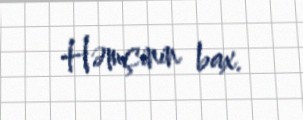
Həmçinin bax.